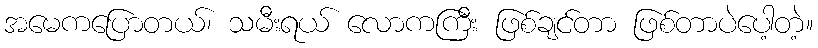
အမေကပြောတယ်၊ သမီးရယ် လောကကြီး ဖြစ်ချင်တာ ဖြစ်တာပဲပေါ့တဲ့။